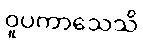
ဝူပကာသေသိ